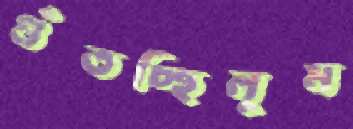
গুঁতচ্ছিলুম